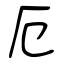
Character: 厄